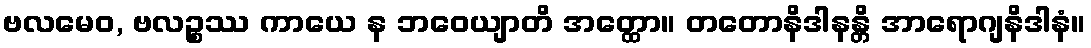
ဗလမေဝ, ဗလဉ္စဿ ကာယေ န ဘဝေယျာတိ အတ္ထော။ တတောနိဒါနန္တိ အာရောဂျနိဒါနံ။